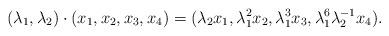
LaTeX: \begin{align*}(\lambda_1,\lambda_2) \cdot (x_1,x_2,x_3,x_4) = (\lambda_2 x_1,\lambda_1^2 x_2,\lambda_1^3 x_3,\lambda_1^6 \lambda_2^{-1} x_4).\end{align*}